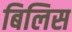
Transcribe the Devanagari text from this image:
बिलिस